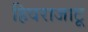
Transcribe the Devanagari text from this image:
हिवराजाटू